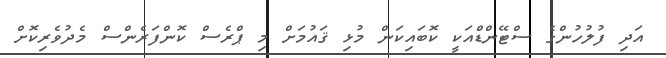
އަދި ފުލުހުންގެ ސްޓޭންޑްއަކީ ކޮބައިކަން މުޅި ޤައުމަށް މި ޕްރެސް ކޮންފަރެންސް މެދުވެރިކޮށް